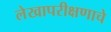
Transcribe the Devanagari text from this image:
लेखापरीक्षणाचे